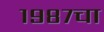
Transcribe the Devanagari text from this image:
१९८७चा